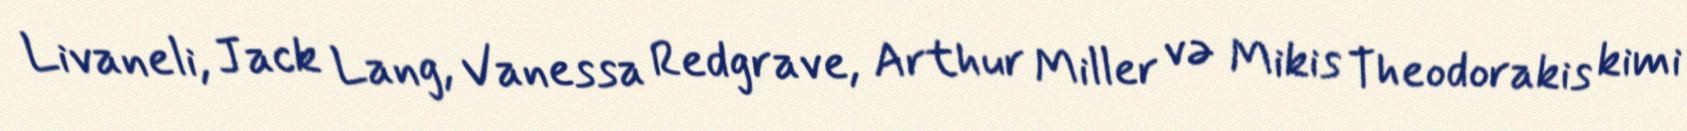
Livaneli, Jack Lang, Vanessa Redgrave, Arthur Miller və Mikis Theodorakis kimi